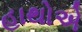
હાથોએ